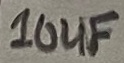
Text: 10uF